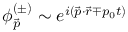
\phi _ { \vec { p } } ^ { ( \pm ) } \sim e ^ { i ( \vec { p } \cdot \vec { r } \mp p _ { 0 } t ) }